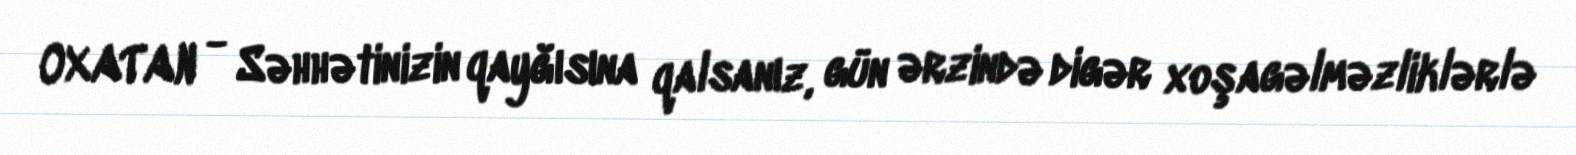
OXATAN - Səhhətinizin qayğısına qalsanız, gün ərzində digər xoşagəlməzliklərlə